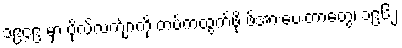
၁၉၄၉ မှာ ဗိုလ်လက်ျာကို တပ်ကထွက်ဖို့ ဖိအားပေးတာတွေ၊ ၁၉၆၂